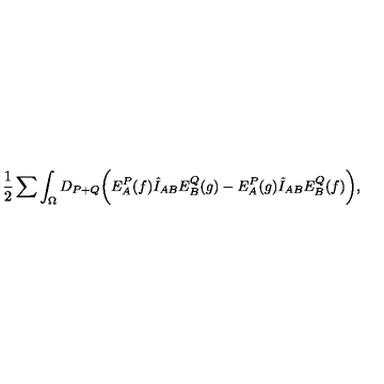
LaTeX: { \frac { 1 } { 2 } } \sum \int _ { \Omega } D _ { P + Q } \biggl ( E _ { A } ^ { P } ( f ) \hat { I } _ { A B } E _ { B } ^ { Q } ( g ) - E _ { A } ^ { P } ( g ) \hat { I } _ { A B } E _ { B } ^ { Q } ( f ) \biggr ) ,